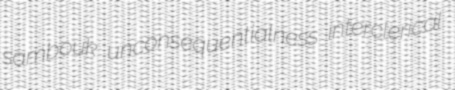
sambouk unconsequentialness interclerical